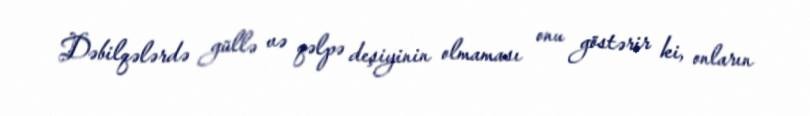
Dəbilqələrdə güllə və qəlpə deşiyinin olmaması onu göstərir ki, onların